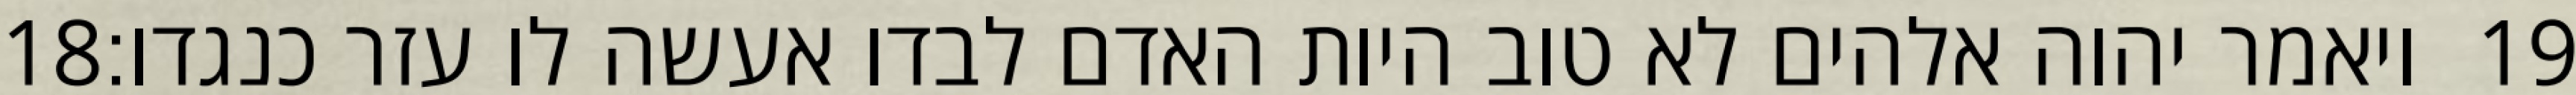
‎18‏ ויאמר יהוה אלהים לא טוב היות האדם לבדו אעשה לו עזר כנגדו׃ ‎19‏